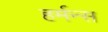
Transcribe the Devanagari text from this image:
हर्मन्स